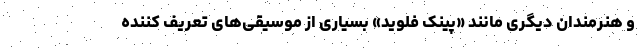
و هنرمندان دیگری مانند «پینک فلوید» بسیاری از موسیقی‌های تعریف کننده